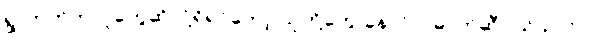
ရွာဘက်ကလူတွေဆိုလို့ရှိရင်တော့ သူတို့တွေ ခုနလိုပဲ၊ ဓာတ်ဆီဝယ်သလိုပဲ။